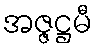
အဇ္ဇဋ္ဌမီ